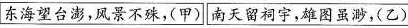
东海望台澎，风景不殊，(甲)[南天留祠宇，雄图虽渺，(乙)